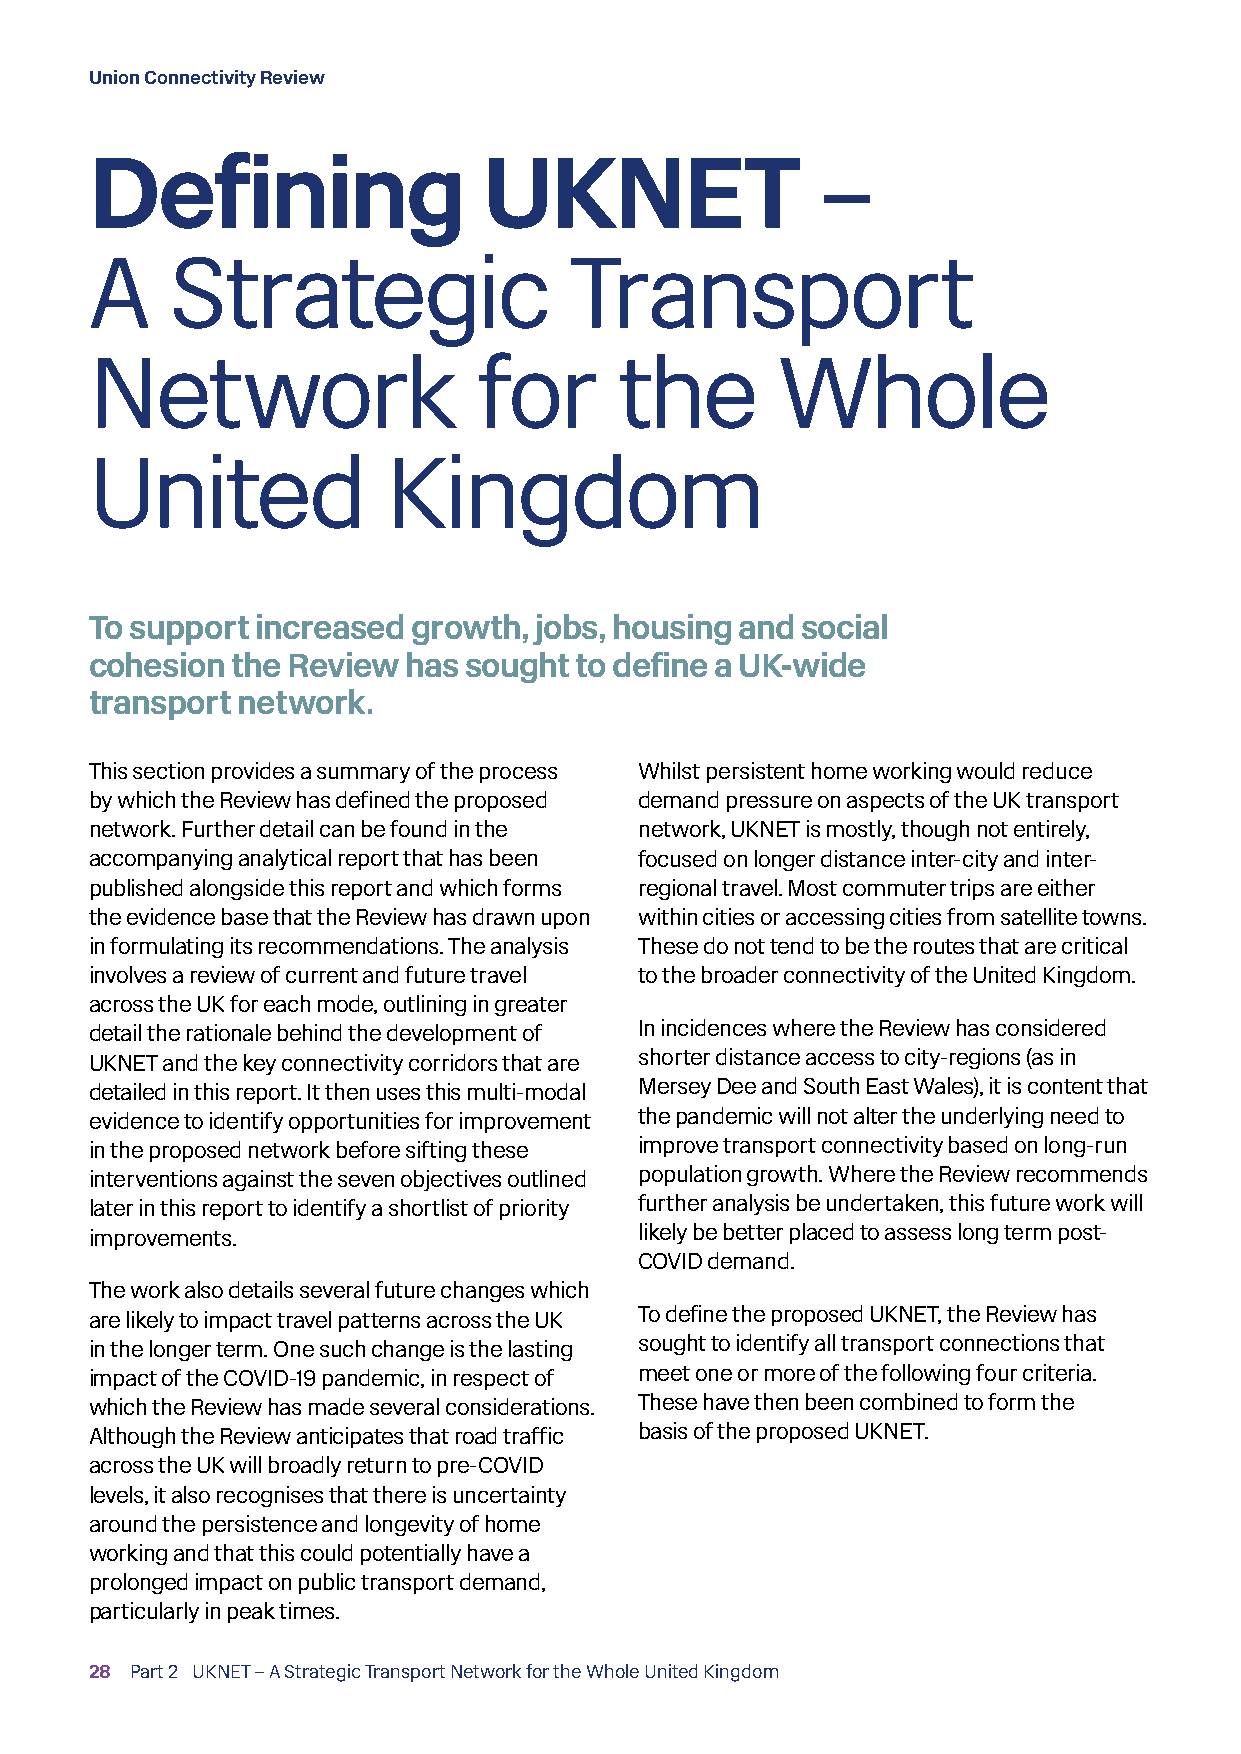
Union Connectivity Review
 Defining                  UKNET                 –
 A    Strategic                  Transport
 Network                   for      the       Whole
 United              Kingdom
 To support increased growth, jobs, housing and social
 cohesion the Review  has sought to define a UK-wide
 transport network.
 This section provides a summary of the process Whilst persistent home working would reduce
 by which the Review has defined the proposed demand pressure on aspects of the UK transport
 network. Further detail can be found in the network, UKNET is mostly, though not entirely,
 accompanying analytical report that has been focused on longer distance inter-city and inter-
 published alongside this report and which forms regional travel. Most commuter trips are either
 the evidence base that the Review has drawn upon within cities or accessing cities from satellite towns.
 in formulating its recommendations. The analysis These do not tend to be the routes that are critical
 involves a review of current and future travel to the broader connectivity of the United Kingdom.
 across the UK for each mode, outlining in greater
 detail the rationale behind the development of In incidences where the Review has considered
 UKNET and the key connectivity corridors that are shorter distance access to city-regions (as in
 detailed in this report. It then uses this multi-modal Mersey Dee and South East Wales), it is content that
 evidence to identify opportunities for improvement the pandemic will not alter the underlying need to
 in the proposed network before sifting these improve transport connectivity based on long-run
 interventions against the seven objectives outlined population growth. Where the Review recommends
 later in this report to identify a shortlist of priority further analysis be undertaken, this future work will
 improvements.                       likely be better placed to assess long term post-
 COVID demand.
 The work also details several future changes which
 are likely to impact travel patterns across the UK To define the proposed UKNET, the Review has
 in the longer term. One such change is the lasting sought to identify all transport connections that
 impact of the COVID-19 pandemic, in respect of meet one or more of the following four criteria.
 which the Review has made several considerations. These have then been combined to form the
 Although the Review anticipates that road traffic basis of the proposed UKNET.
 across the UK will broadly return to pre-COVID
 levels, it also recognises that there is uncertainty
 around the persistence and longevity of home
 working and that this could potentially have a
 prolonged impact on public transport demand,
 particularly in peak times.
 28 Part 2 UKNET – A Strategic Transport Network for the Whole United Kingdom